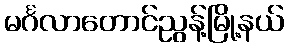
မင်္ဂလာတောင်ညွန့်မြို့နယ်